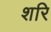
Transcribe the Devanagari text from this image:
शरि